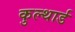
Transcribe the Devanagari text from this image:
कुल्थार्ड